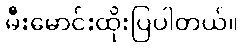
မီးမောင်းထိုးပြပါတယ်။